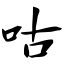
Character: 咕